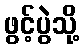
ဖွင့်ပွဲသို့